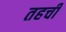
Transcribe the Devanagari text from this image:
तहची